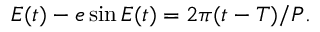
E ( t ) - e \sin E ( t ) = 2 \pi ( t - T ) / P .